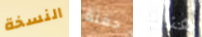
النسخة حفنة هناك